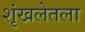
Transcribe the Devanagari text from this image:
शृंखलेतला